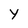
Character: Y